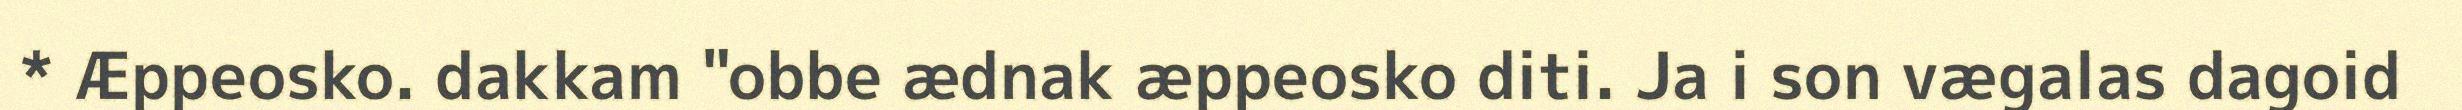
* Æppeosko. dakkam "obbe ædnak æppeosko diti. Ja i son vægalas dagoid